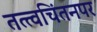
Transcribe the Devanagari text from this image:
तत्त्वचिंतनपर